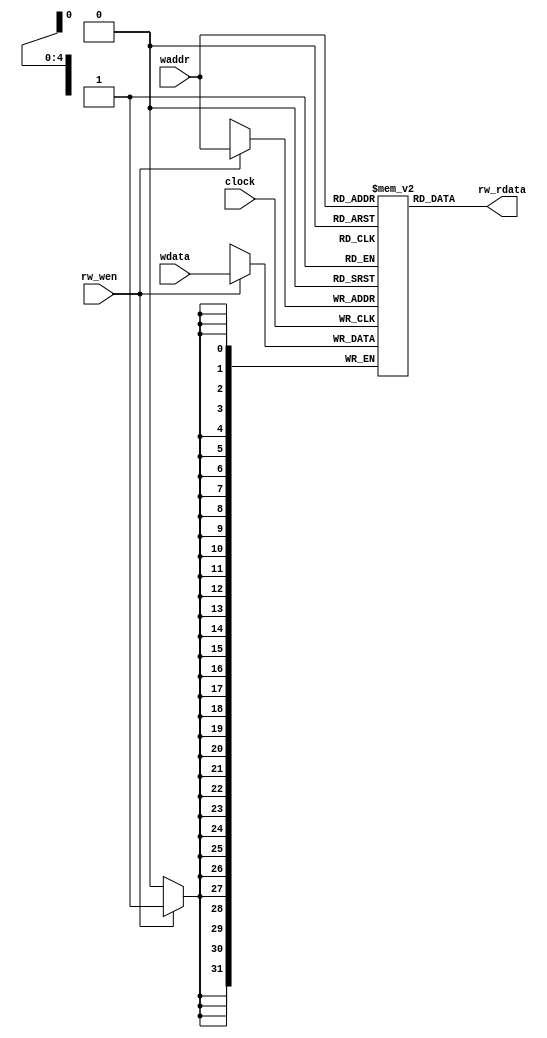
module ReadwriterTester1(
  input         clock,
  input  [4:0]  waddr,
  input  [31:0] wdata,
  input         rw_wen,
  output [31:0] rw_rdata
);
`ifdef RANDOMIZE_MEM_INIT
  reg [31:0] _RAND_0;
`endif // RANDOMIZE_MEM_INIT
  reg [31:0] m [0:31];
  wire  m_rw_r_en;
  wire [4:0] m_rw_r_addr;
  wire [31:0] m_rw_r_data;
  wire [31:0] m_rw_w_data;
  wire [4:0] m_rw_w_addr;
  wire  m_rw_w_mask;
  wire  m_rw_w_en;
  assign m_rw_r_en = ~rw_wen;
  assign m_rw_r_addr = waddr;
  assign m_rw_r_data = m[m_rw_r_addr];
  assign m_rw_w_data = wdata;
  assign m_rw_w_addr = waddr;
  assign m_rw_w_mask = 1'h1;
  assign m_rw_w_en = rw_wen;
  assign rw_rdata = m_rw_r_data;
  always @(posedge clock) begin
    if (m_rw_w_en & m_rw_w_mask) begin
      m[m_rw_w_addr] <= m_rw_w_data;
    end
  end
// Register and memory initialization
`ifdef RANDOMIZE_GARBAGE_ASSIGN
`define RANDOMIZE
`endif
`ifdef RANDOMIZE_INVALID_ASSIGN
`define RANDOMIZE
`endif
`ifdef RANDOMIZE_REG_INIT
`define RANDOMIZE
`endif
`ifdef RANDOMIZE_MEM_INIT
`define RANDOMIZE
`endif
`ifndef RANDOM
`define RANDOM $random
`endif
`ifdef RANDOMIZE_MEM_INIT
  integer initvar;
`endif
`ifndef SYNTHESIS
`ifdef FIRRTL_BEFORE_INITIAL
`FIRRTL_BEFORE_INITIAL
`endif
initial begin
  `ifdef RANDOMIZE
    `ifdef INIT_RANDOM
      `INIT_RANDOM
    `endif
    `ifndef VERILATOR
      `ifdef RANDOMIZE_DELAY
        #`RANDOMIZE_DELAY begin end
      `else
        #0.002 begin end
      `endif
    `endif
`ifdef RANDOMIZE_MEM_INIT
  _RAND_0 = {1{`RANDOM}};
  for (initvar = 0; initvar < 32; initvar = initvar+1)
    m[initvar] = _RAND_0[31:0];
`endif // RANDOMIZE_MEM_INIT
  `endif // RANDOMIZE
end // initial
`ifdef FIRRTL_AFTER_INITIAL
`FIRRTL_AFTER_INITIAL
`endif
`endif // SYNTHESIS
endmodule